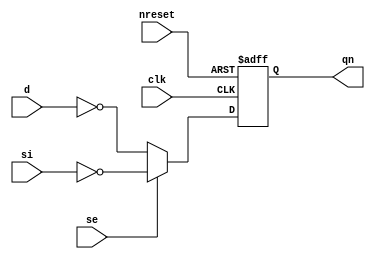
//#############################################################################
//# Function:  Positive edge-triggered static inverting D-type flop-flop with #
//             async active low reset and scan input                          # 
//# Copyright: OH Project Authors. ALl rights Reserved.                       #
//# License:   MIT (see LICENSE file in OH repository)                        # 
//#############################################################################

module oh_sdffrqn #(parameter DW = 1) // array width
   (
    input [DW-1:0] 	d,
    input [DW-1:0] 	si,
    input [DW-1:0] 	se,
    input [DW-1:0] 	clk,
    input [DW-1:0] 	nreset,
    output reg [DW-1:0] qn
    );
   
   always @ (posedge clk or negedge nreset)
     if(!nreset)
       qn <= {DW{1'b1}};
     else
       qn <=  se ? ~si : ~d;
   
endmodule